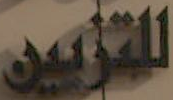
للتزيين